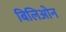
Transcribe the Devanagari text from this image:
बिलिओन